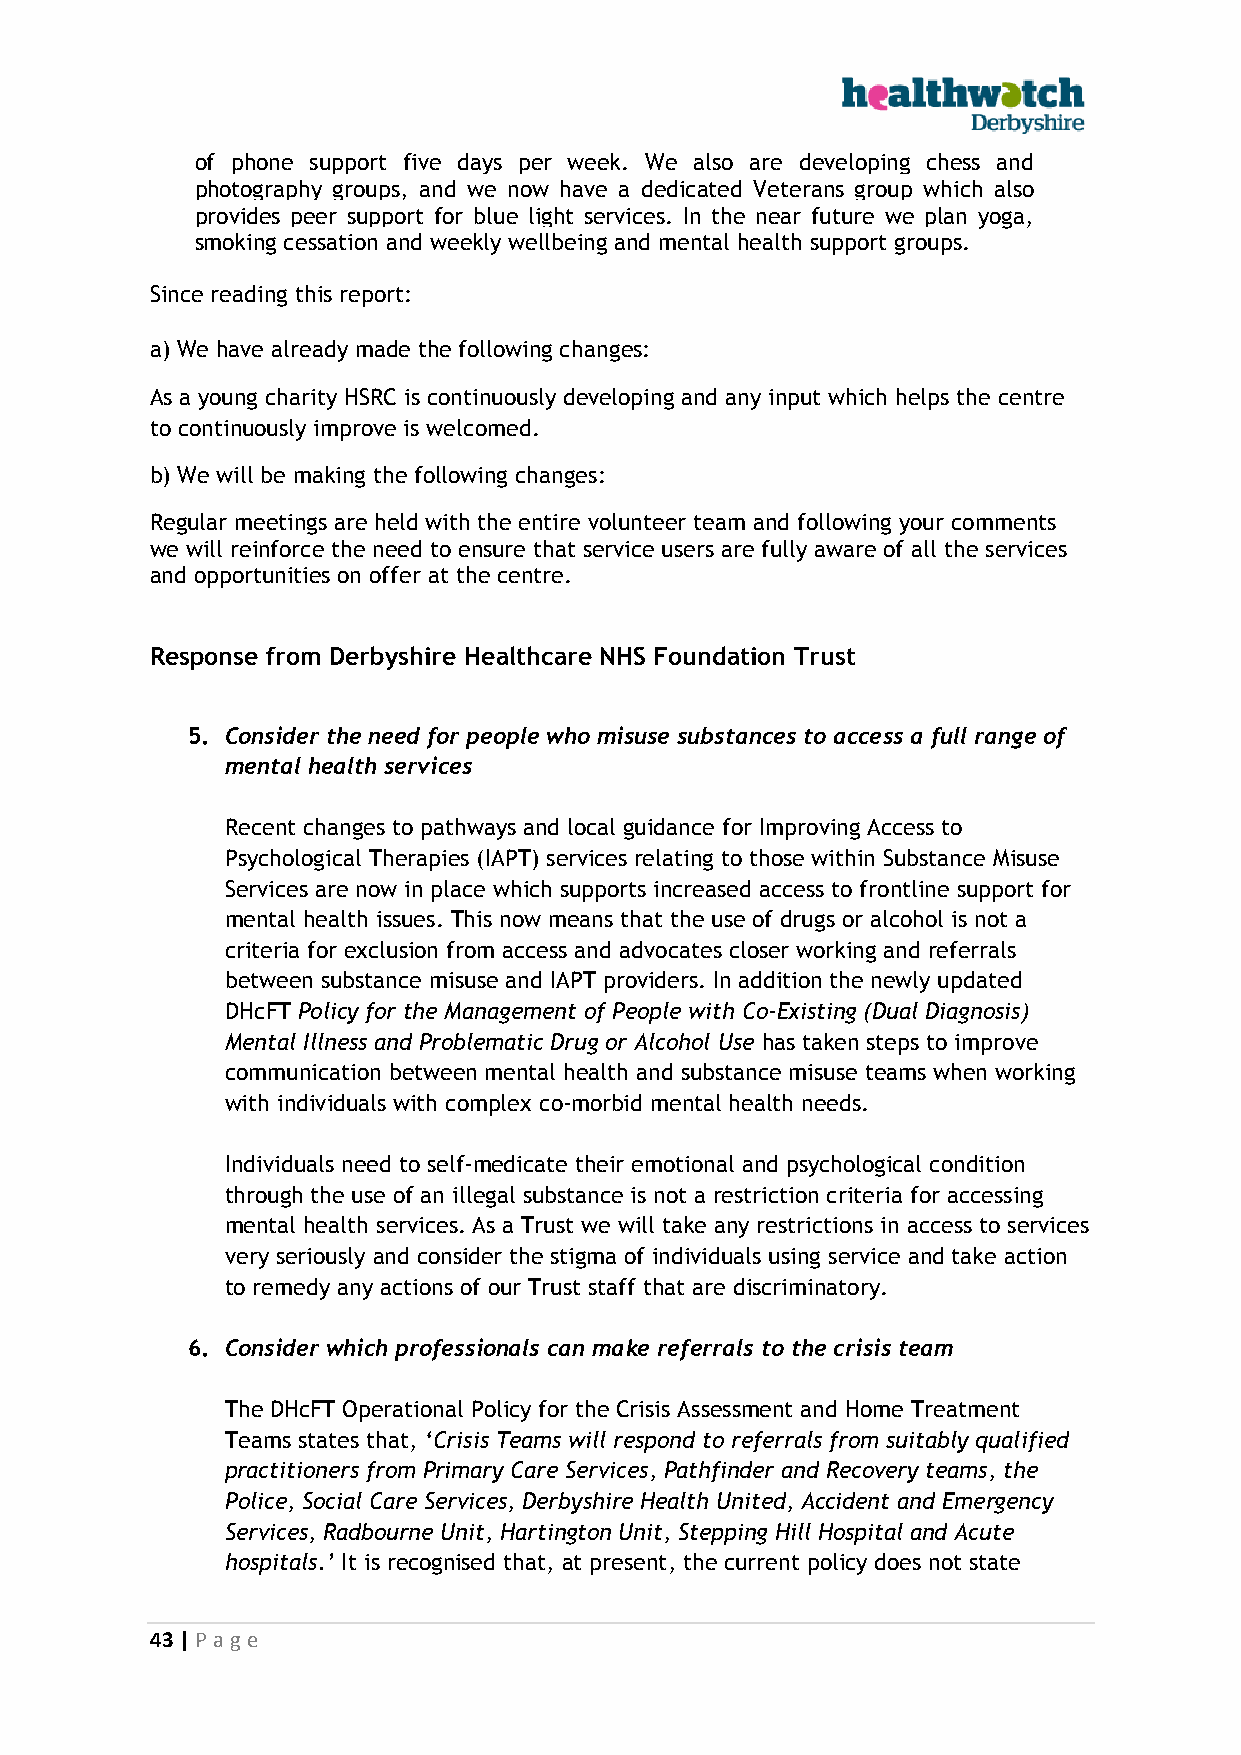
of phone support five days per week. We also are developing chess and
 photography groups, and we now have a dedicated Veterans group which also
 provides peer support for blue light services. In the near future we plan yoga,
 smoking cessation and weekly wellbeing and mental health support groups.
 Since reading this report:
 a) We have already made the following changes:
 As a young charity HSRC is continuously developing and any input which helps the centre
 to continuously improve is welcomed.
 b) We will be making the following changes:
 Regular meetings are held with the entire volunteer team and following your comments
 we will reinforce the need to ensure that service users are fully aware of all the services
 and opportunities on offer at the centre.
 Response from Derbyshire Healthcare NHS Foundation Trust
 5. Consider the need for people who misuse substances to access a full range of
 mental health services
 Recent changes to pathways and local guidance for Improving Access to
 Psychological Therapies (IAPT) services relating to those within Substance Misuse
 Services are now in place which supports increased access to frontline support for
 mental health issues. This now means that the use of drugs or alcohol is not a
 criteria for exclusion from access and advocates closer working and referrals
 between substance misuse and IAPT providers. In addition the newly updated
 DHcFT Policy for the Management of People with Co-Existing (Dual Diagnosis)
 Mental Illness and Problematic Drug or Alcohol Use has taken steps to improve
 communication between mental health and substance misuse teams when working
 with individuals with complex co-morbid mental health needs.
 Individuals need to self-medicate their emotional and psychological condition
 through the use of an illegal substance is not a restriction criteria for accessing
 mental health services. As a Trust we will take any restrictions in access to services
 very seriously and consider the stigma of individuals using service and take action
 to remedy any actions of our Trust staff that are discriminatory.
 6. Consider which professionals can make referrals to the crisis team
 The DHcFT Operational Policy for the Crisis Assessment and Home Treatment
 Teams states that, ‘Crisis Teams will respond to referrals from suitably qualified
 practitioners from Primary Care Services, Pathfinder and Recovery teams, the
 Police, Social Care Services, Derbyshire Health United, Accident and Emergency
 Services, Radbourne Unit, Hartington Unit, Stepping Hill Hospital and Acute
 hospitals.’ It is recognised that, at present, the current policy does not state
 43 | P age